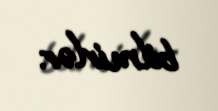
bilmirlər.